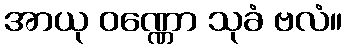
အာယု ဝဏ္ဏော သုခံ ဗလံ။